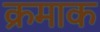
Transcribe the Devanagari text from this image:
क्रमाक